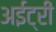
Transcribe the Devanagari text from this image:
अईट्री